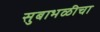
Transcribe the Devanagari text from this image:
सुबाभळीचा